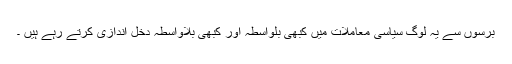
برسوں سے یہ لوگ سیاسی معاملات میں کبھی بلواسطہ اور کبھی بلاواسطہ دخل اندازی کرتے رہے ہیں ۔